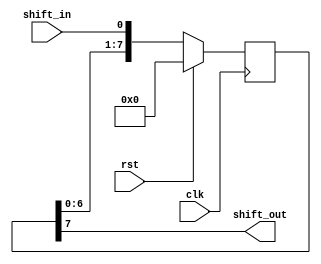
module ShiftAndAdd (
    input clk,
    input rst,
    input shift_in,
    output reg shift_out
);

reg [7:0] data;
reg [7:0] shift_reg;
reg [7:0] sum;

always @(posedge clk) begin
    if (rst) begin
        data <= 8'b0;
        shift_reg <= 8'b0;
        sum <= 8'b0;
    end else begin
        shift_reg <= {shift_reg[6:0], shift_in};
        sum <= shift_reg + data;
    end
end

assign shift_out = shift_reg[7];

endmodule